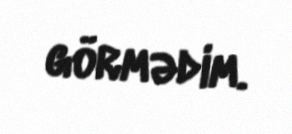
görmədim.